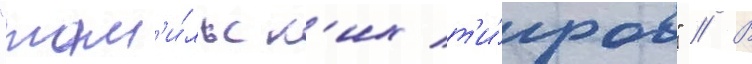
"там'и́льск'их т'и́гров" // В